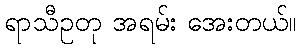
ရာသီဥတု အရမ်း အေးတယ်။